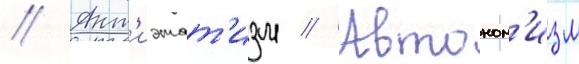
// Ант'иэтат'изм // Автоном'изм